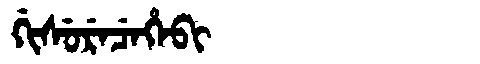
Manchu: ᡤᡳᠰᡠᡵᡝᠴᡝᡥᡝᠪᡳ
Romanization: GISURECEHEBI